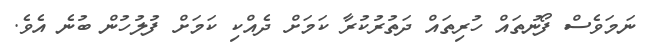
ނަމަވެސް ފޯނުތައް ހުރިތައް ދަތުރުކުރާ ކަމަށް ދެއްކި ކަމަށް ފުލުހުން ބުނެ އެވެ.